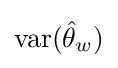
{\text{var}}({\hat {\theta }}_{w})